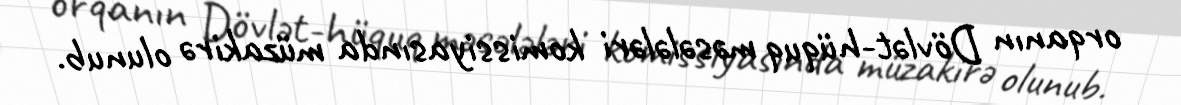
orqanın Dövlət-hüquq məsələləri komissiyasında müzakirə olunub.